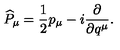
\widehat { P } _ { \mu } = \frac { 1 } { 2 } p _ { \mu } - i \frac { \partial } { \partial q ^ { \mu } } .